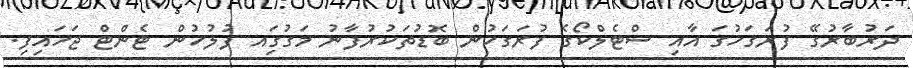
ދަރުބާރުގޭ ފުރަގަހުގަ އާއި ސްޓެލްކޯގެ ފުރަގަހުން ބޮޑުތަކުރުފާނު މަގުގަިއ ފުލުހުން ޓެންޓް ޖަހައިފި.